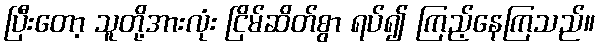
ပြီးတော့ သူတို့အားလုံး ငြိမ်ဆိတ်စွာ ရပ်၍ ကြည့်နေကြသည်။